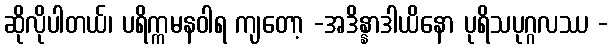
ဆိုလိုပါတယ်၊ ပရိက္ကမနဝါရ ကျတော့ -အဒိန္နာဒါယိနော ပုရိသပုဂ္ဂလဿ -